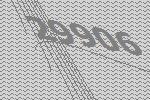
29906